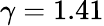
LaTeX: \gamma=1.41